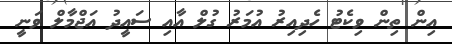
އިން ތިން ވިކެޓު ހެދިއިރު އުމަރު ގުލް އާއި ސައީދު އަޖްމާލް ވަނީ